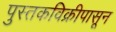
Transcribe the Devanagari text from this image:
पुस्तकविक्रीपासून